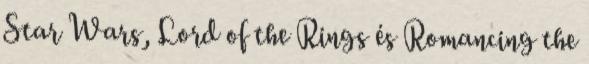
Star Wars, Lord of the Rings és Romancing the